Indian journal of veterinary science and animal husbandry - Volume 4,
Year: 1934
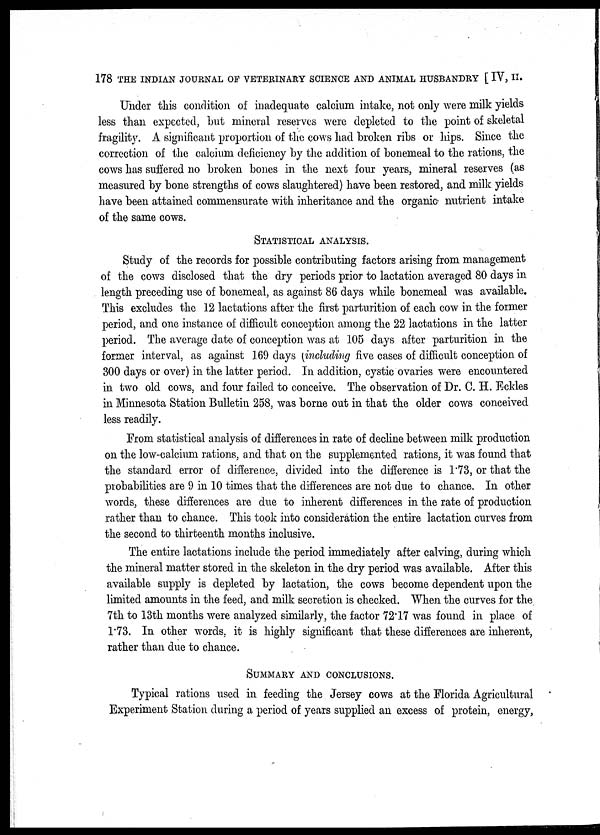
178 THE INDIAN JOURNAL OF VETERINARY SCIENCE AND ANIMAL HUSBANDRY [ IV, II.
Under this condition of inadequate calcium intake, not only were milk yields
less than expected, but mineral reserves were depleted to the point of skeletal
fragility. A significant proportion of the cows had broken ribs or hips. Since the
correction of the calcium deficiency by the addition of bonemeal to the rations, the
cows has suffered no broken bones in the next four years, mineral reserves (as
measured by bone strengths of cows slaughtered) have been restored, and milk yields
have been attained commensurate with inheritance and the organic nutrient intake
of the same cows.
STATISTICAL ANALYSIS.
Study of the records for possible contributing factors arising from management
of the cows disclosed that the dry periods prior to lactation averaged 80 days in
length preceding use of bonemeal, as against 86 days while bonemeal was available.
This excludes the 12 lactations after the first parturition of each cow in the former
period, and one instance of difficult conception among the 22 lactations in the latter
period. The average date of conception was at 105 days after parturition in the
former interval, as against 169 days (including five cases of difficult conception of
300 days or over) in the latter period. In addition, cystic ovaries were encountered
in two old cows, and four failed to conceive. The observation of Dr. C. H. Eckles
in Minnesota Station Bulletin 258, was borne out in that the older cows conceived
less readily.
From statistical analysis of differences in rate of decline between milk production
on the low-calcium rations, and that on the supplemented rations, it was found that
the standard error of difference, divided into the difference is 1.73, or that the
probabilities are 9 in 10 times that the differences are not due to chance. In other
words, these differences are due to inherent differences in the rate of production
rather than to chance. This took into consideration the entire lactation curves from
the second to thirteenth months inclusive.
The entire lactations include the period immediately after calving, during which
the mineral matter stored in the skeleton in the dry period was available. After this
available supply is depleted by lactation, the cows become dependent upon the
limited amounts in the feed, and milk secretion is checked. When the curves for the
7th to 13th months were analyzed similarly, the factor 72.17 was found in place of
1.73. In other words, it is highly significant that these differences are inherent,
rather than due to chance.
SUMMARY AND CONCLUSIONS.
Typical rations used in feeding the Jersey cows at the Florida Agricultural
Experiment Station during a period of years supplied an excess of protein, energy,